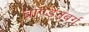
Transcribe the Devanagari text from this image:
ब्राण्डेनबर्ग